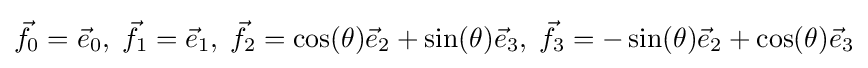
{\vec {f}}_{0}={\vec {e}}_{0},\;{\vec {f}}_{1}={\vec {e}}_{1},\;{\vec {f}}_{2}=\cos(\theta ){\vec {e}}_{2}+\sin(\theta ){\vec {e}}_{3},\;{\vec {f}}_{3}=-\sin(\theta ){\vec {e}}_{2}+\cos(\theta ){\vec {e}}_{3}